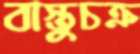
বাস্তুচক্র